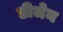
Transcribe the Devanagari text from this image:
डीजेन